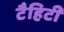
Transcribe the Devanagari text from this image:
टैहिटी